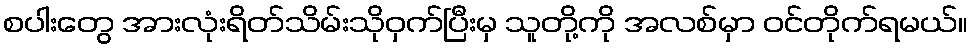
စပါးတွေ အားလုံးရိတ်သိမ်းသိုဝှက်ပြီးမှ သူတို့ကို အလစ်မှာ ဝင်တိုက်ရမယ်။